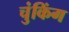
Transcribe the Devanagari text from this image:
चुंकिंग